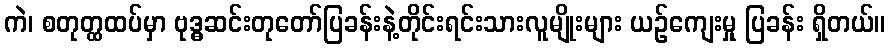
ကဲ၊ စတုတ္ထထပ်မှာ ဗုဒ္ဓဆင်းတုတော်ပြခန်းနဲ့တိုင်းရင်းသားလူမျိုးများ ယဉ်ကျေးမှု ပြခန်း ရှိတယ်။